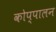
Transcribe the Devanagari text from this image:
कोप्पालन